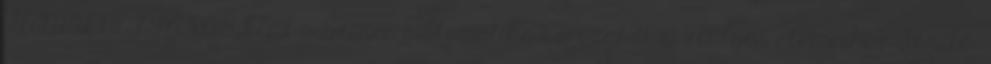
TANMENETJAVASLAT a Színes matematika sorozat 4. osztályos elemeihez Tanító: